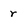
Character: r